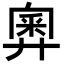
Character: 𢍢